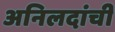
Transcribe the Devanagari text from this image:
अनिलदांची